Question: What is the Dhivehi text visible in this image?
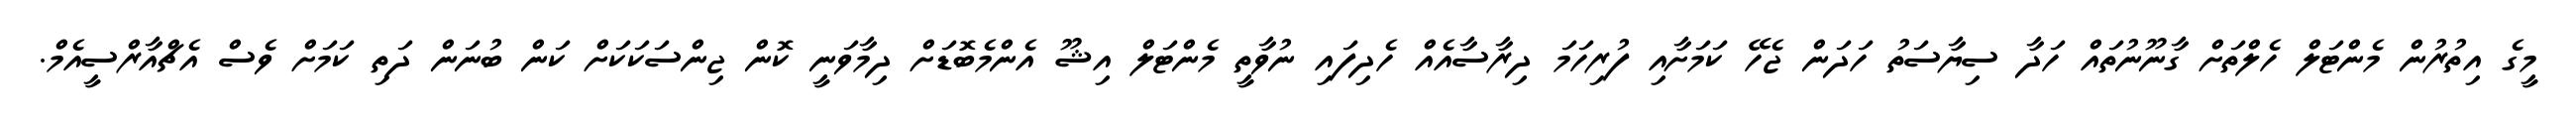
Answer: މީގެ އިތުރުން މެންޓަލް ހެލްތަށް ގާނޫނުތައް ހަދާ ސިޔާސަތު ހަދަން ޖެހޭ ކަމަށާއި ފުރިހަމަ ދިރާސާއެއް ހެދިފައި ނުވާތީ މެންޓަލް އިޝޫ އެންމެބޮޑަށް ދިމާވަނީ ކޮން ޖިންސަކަކަށް ކަން ބުނަން ދަތި ކަމަށް ވެސް އެޗްއާރްސީއެމް.